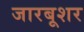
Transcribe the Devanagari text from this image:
जारबूशर